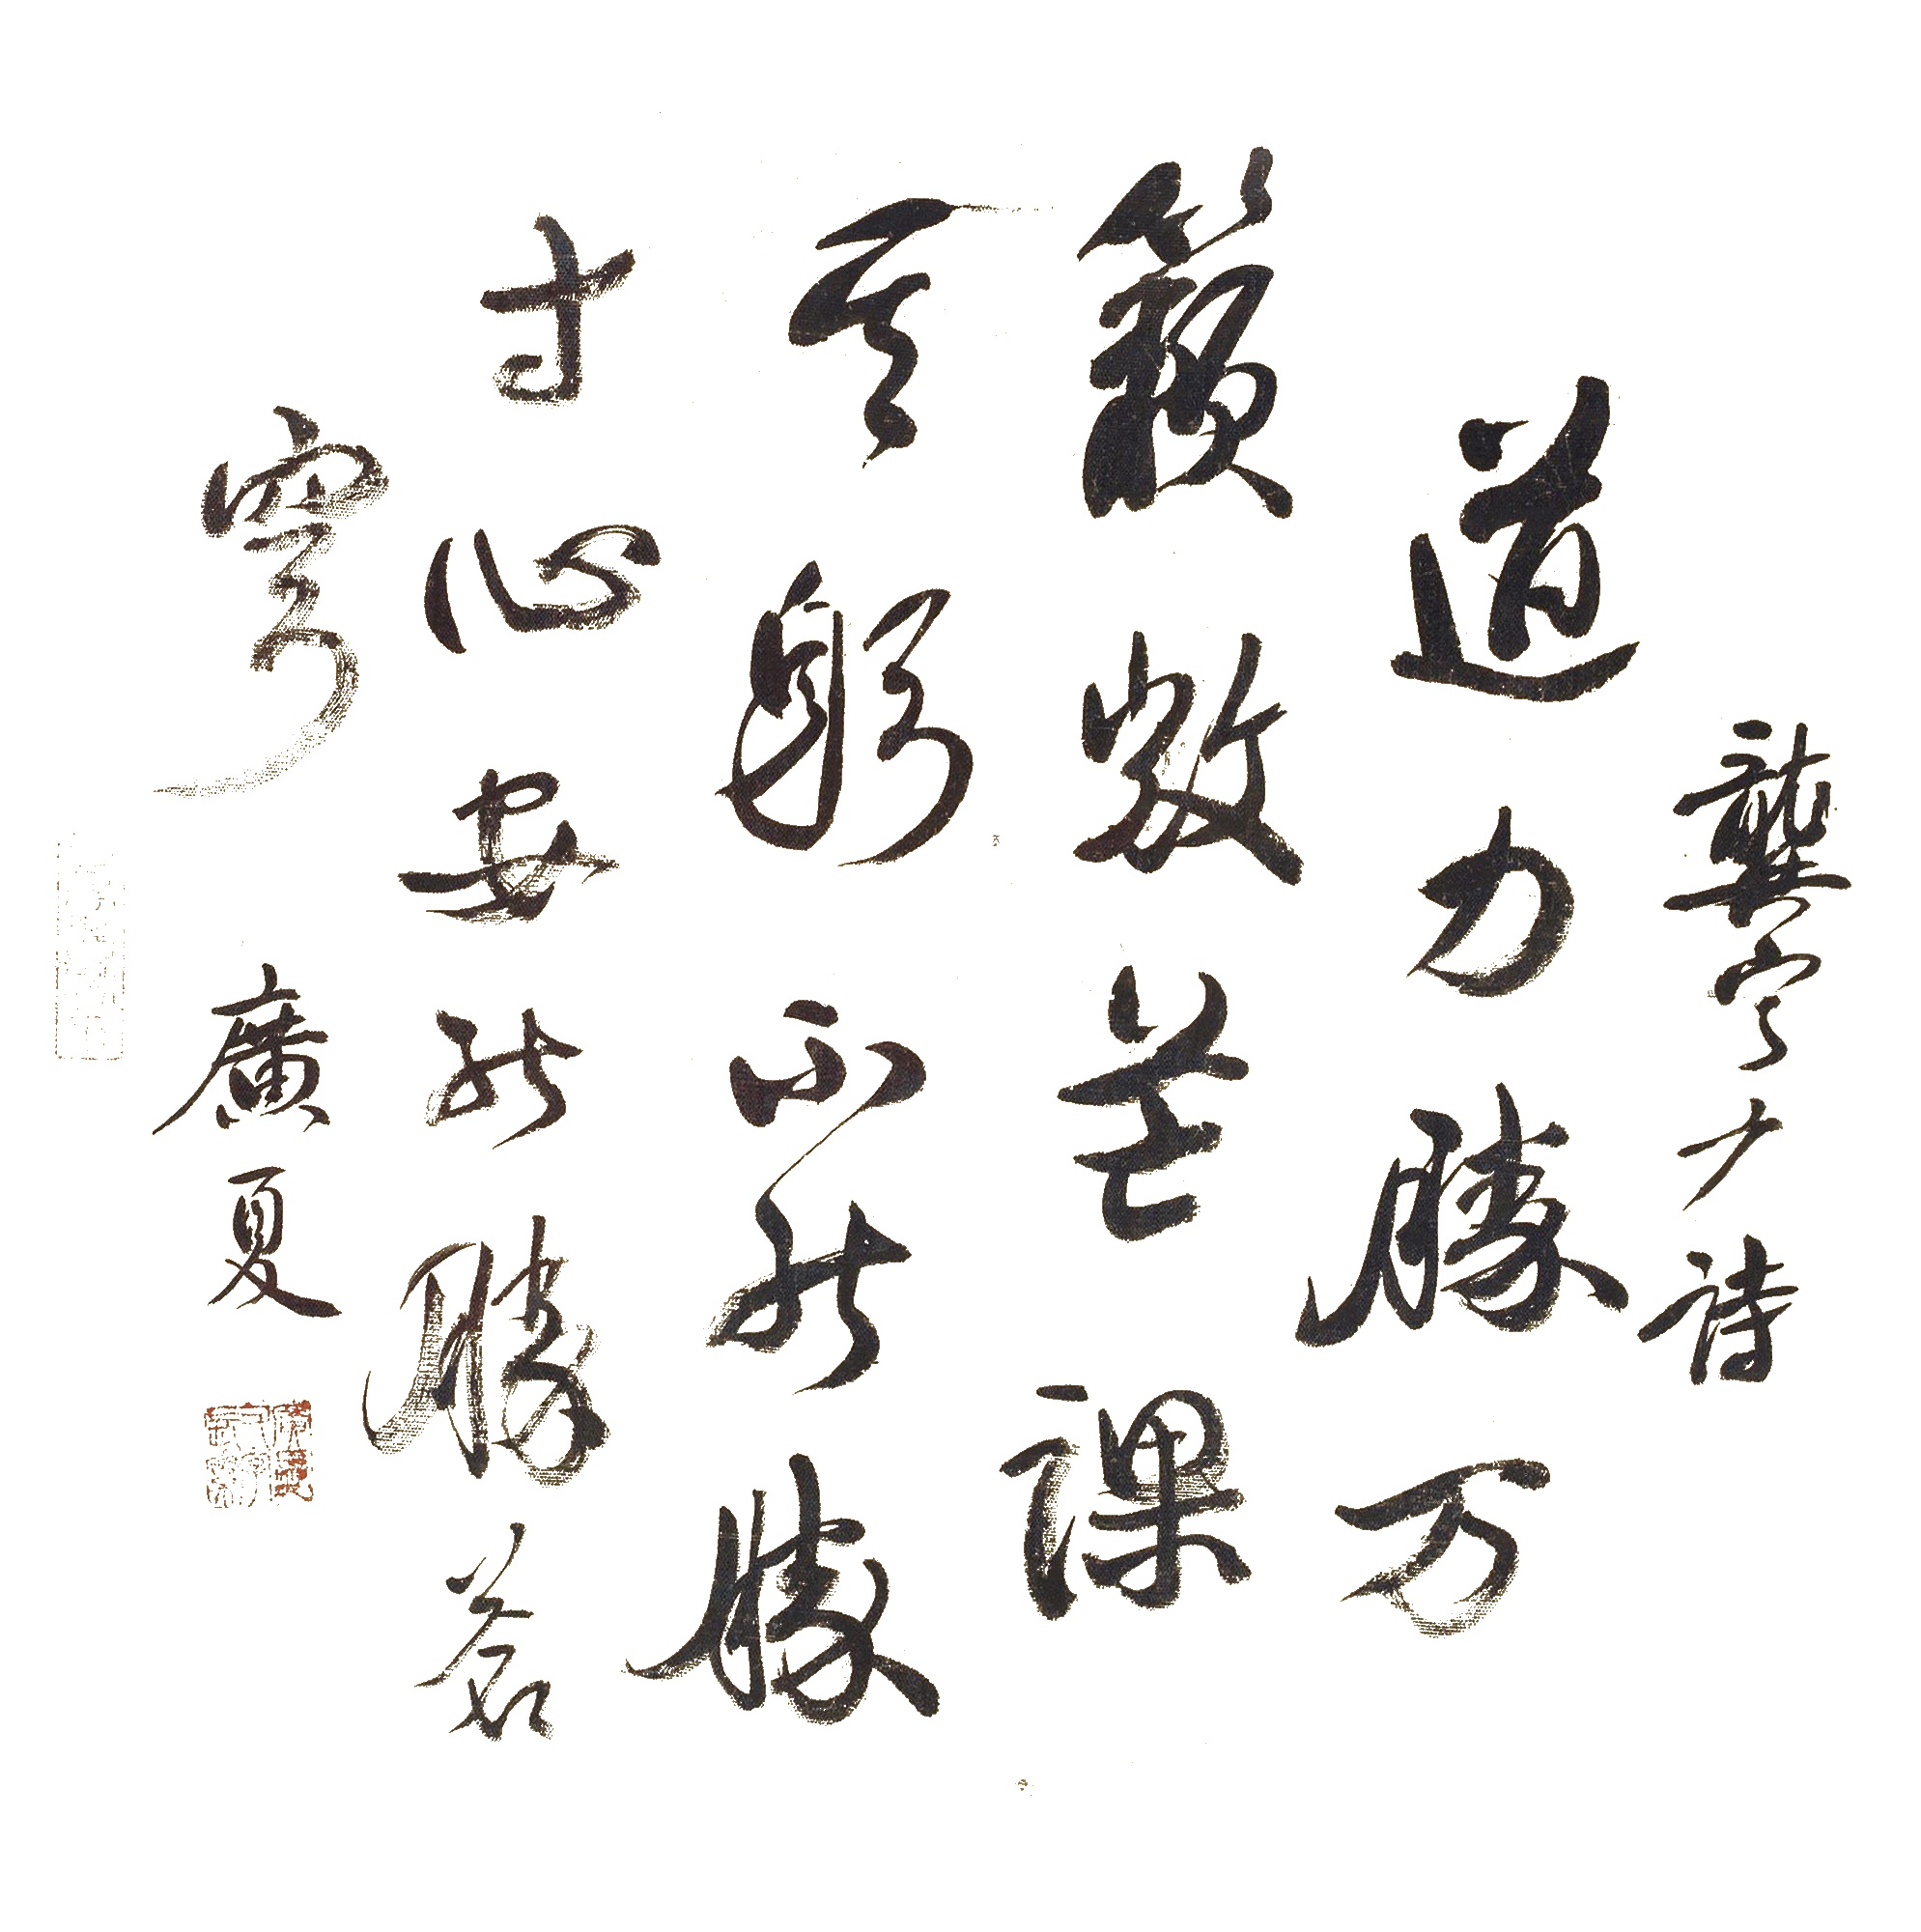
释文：道力胜万籁，微茫课其躬。不能胜寸心，安能胜苍穹。龚定庵诗，广夏。